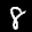
Label: 8